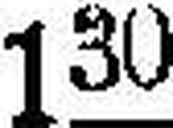
130